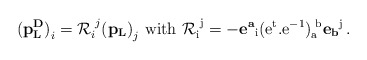
\begin{align*} {\bf (p^D_L)}_i = {\cal R}_i^{\, \, j} {\bf (p_L)}_j \, \,\rm{with}\, \, {\cal R}_i^{\, \, j}= - {\bf e^a}_i(e^{t}.e^{-1})_a^{\, \, b} {\bf e_b}^j\, .\end{align*}